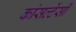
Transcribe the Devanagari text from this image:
कांसल्टेंसी